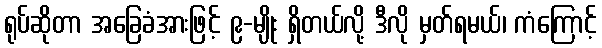
ရုပ်ဆိုတာ အခြေခံအားဖြင့် ၉-မျိုး ရှိတယ်လို့ ဒီလို မှတ်ရမယ်၊ ကံကြောင့်